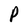
Character: P